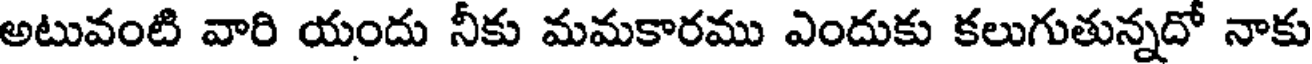
అటువంటి వారి యందు నీకు మమకారము ఎందుకు కలుగుతున్నదో నాకు